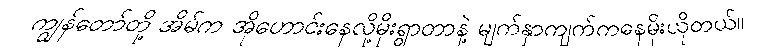
ကျွန်တော်တို့ အိမ်က အိုဟောင်းနေလို့မိုးရွာတာနဲ့ မျက်နှာကျက်ကနေမိုးယိုတယ်။